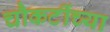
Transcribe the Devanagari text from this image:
चौकटींच्या